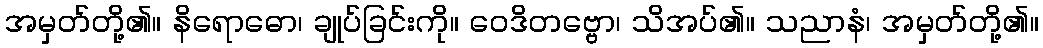
အမှတ်တို့၏။ နိရောဓော၊ ချုပ်ခြင်းကို။ ဝေဒိတဗ္ဗော၊ သိအပ်၏။ သညာနံ၊ အမှတ်တို့၏။